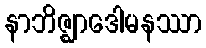
နာဘိဇ္ဈာဒေါမနဿာ